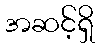
အဆင့်ရှိ